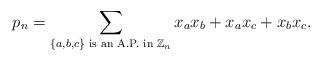
LaTeX: \begin{align*}p_n= \displaystyle\sum_{\{a,b,c\} \textrm{ is an A.P. in } \mathbb{Z}_n}x_ax_b+x_ax_c+x_bx_c.\end{align*}